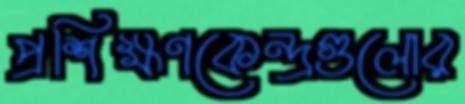
প্রশিক্ষণকেন্দ্রগুলোর